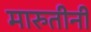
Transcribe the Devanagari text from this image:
मारुतीनी